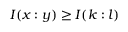
I ( x : y ) \geq I ( k : l )